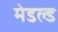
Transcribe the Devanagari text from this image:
मेडल्ड